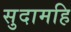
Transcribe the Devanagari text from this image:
सुदामहि